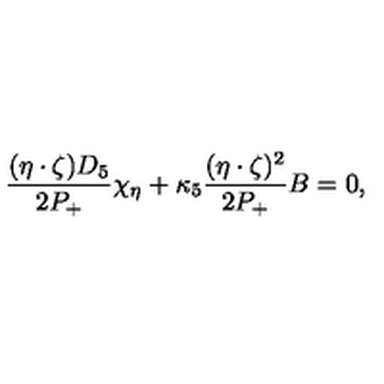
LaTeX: \frac { ( \eta \cdot \zeta ) D _ { 5 } } { 2 P _ { + } } \chi _ { \eta } + \kappa _ { 5 } \frac { ( \eta \cdot \zeta ) ^ { 2 } } { 2 P _ { + } } B = 0 ,